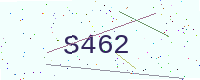
Text: S462